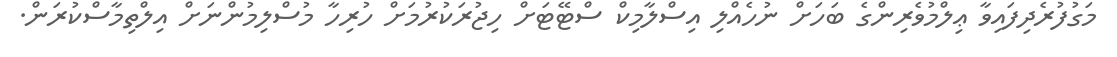
މަގުފުރެދިފައިވާ ޢިލްމުވެރިންގެ ބަހަށް ނުހެއްލި އިސްލާމިކް ސްޓޭޓަށް ހިޖުރަކުރުމަށް ހުރިހާ މުސްލިމުންނަށް އިލްތިމާސްކުރަން.